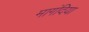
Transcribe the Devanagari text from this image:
मागंदिया